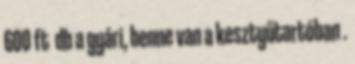
600 ft db a gyári, benne van a kesztyűtartóban .